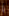
يا